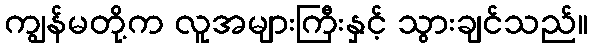
ကျွန်မတို့က လူအများကြီးနှင့် သွားချင်သည်။